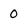
Character: 0